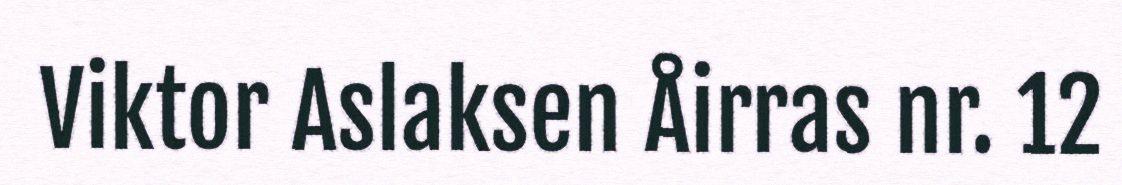
Viktor Aslaksen Åirras nr. 12